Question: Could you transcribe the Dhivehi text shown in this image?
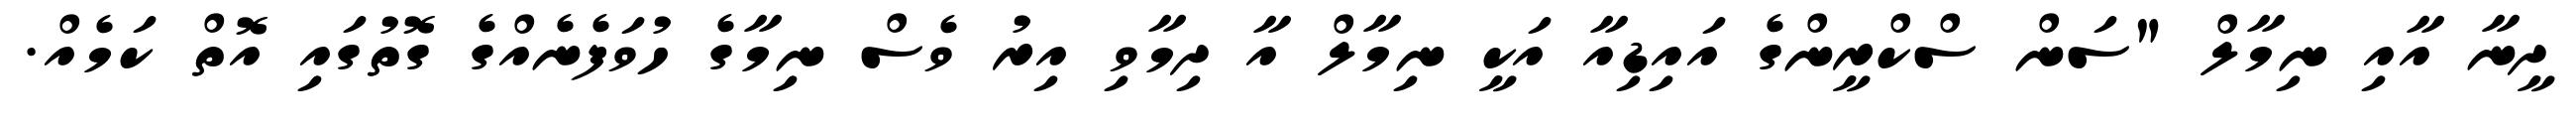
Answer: ދީނާ އާއި ނިމާލް "ސަން ސްކްރީންގެ އައިޑިއާ އަކީ ނިމާލް އާ ދިމާވި އިރު ވެސް ނިމާގެ ހުވަފެނެއްގެ ގޮތުގައި އޮތް ކަމެއް.